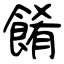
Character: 餚